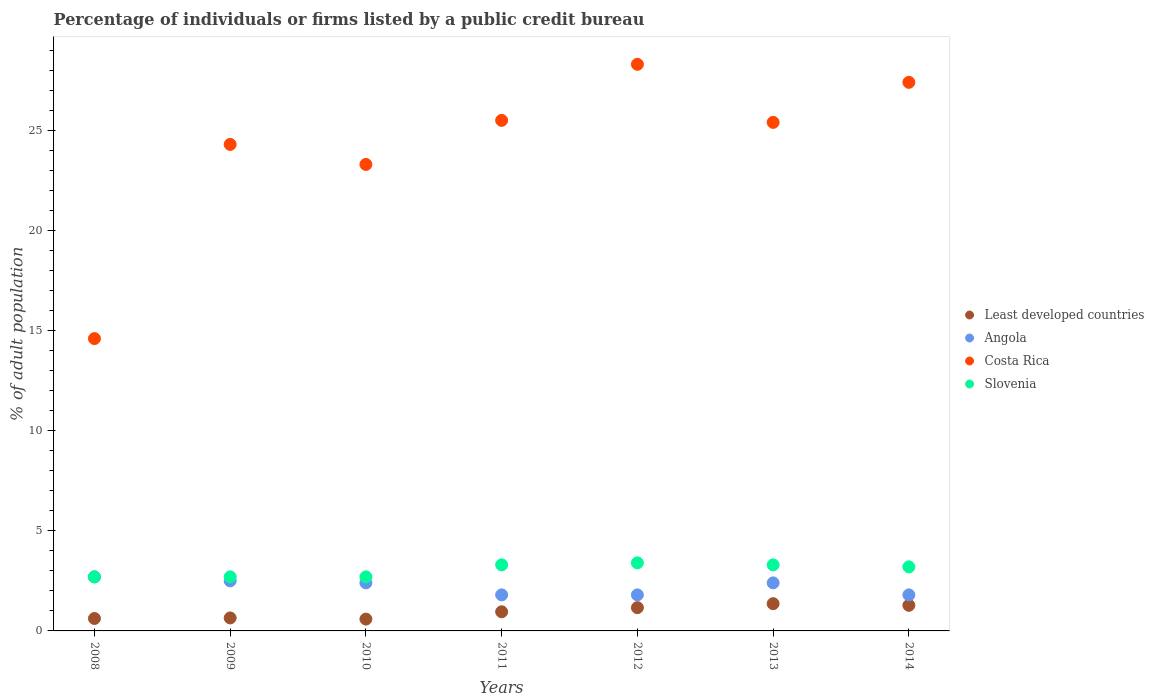
| Years | Least developed countries | Angola | Costa Rica | Slovenia |
 | --- | --- | --- | --- | --- |
 | 2008 | 0.621 | 2.7 | 14.6 | 2.7 |
 | 2009 | 0.649 | 2.5 | 24.3 | 2.7 |
 | 2010 | 0.591 | 2.4 | 23.3 | 2.7 |
 | 2011 | 0.956 | 1.8 | 25.5 | 3.3 |
 | 2012 | 1.16 | 1.8 | 28.3 | 3.4 |
 | 2013 | 1.36 | 2.4 | 25.4 | 3.3 |
 | 2014 | 1.28 | 1.8 | 27.4 | 3.2 |